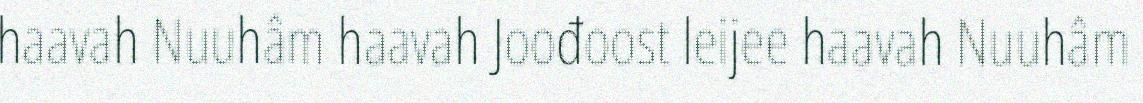
haavah Nuuhâm haavah Joođoost leijee haavah Nuuhâm